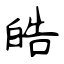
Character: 皓